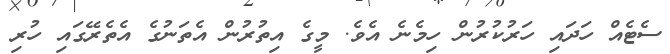
ސެޓެއް ހަދައި ހަރުކުރުން ހިމެނެ އެވެ. މީގެ އިތުރުން އެތަނުގެ އެތެރޭގައި ހުރި